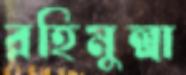
রহিমুল্লা